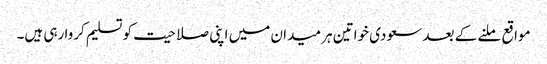
مواقع ملنے کے بعد سعودی خواتین ہر میدان میں اپنی صلاحیت کو تسلیم کروا رہی ہیں۔